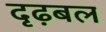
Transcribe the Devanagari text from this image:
दृढ़बल